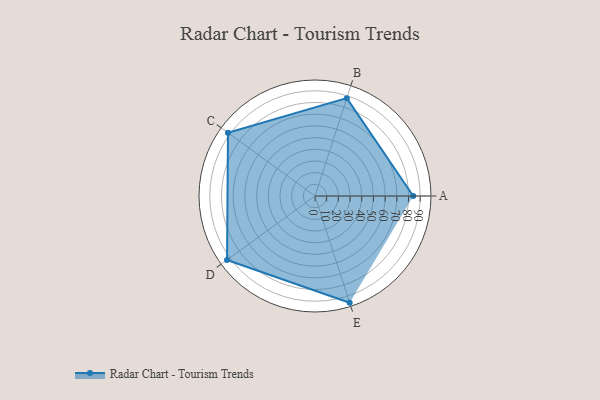
{"axis": {"x": "Skill", "y": "Score"}, "legend": ["Profile"], "data": [{"x": "A", "y": 84.0, "type": "Profile"}, {"x": "B", "y": 88.0, "type": "Profile"}, {"x": "C", "y": 92.0, "type": "Profile"}, {"x": "D", "y": 93.0, "type": "Profile"}, {"x": "E", "y": 96.0, "type": "Profile"}]}